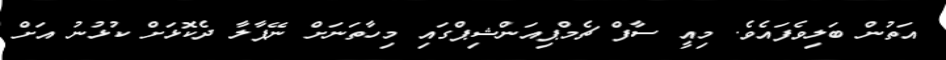
އަތުން ބަލިވެފައެވެ. މިއީ ސާފް ޗެމްޕިއަންޝިޕްގައި މިހާތަނަށް ނޭޕާލާ ދެކޮޅަށް ކުޅުނު އަށް